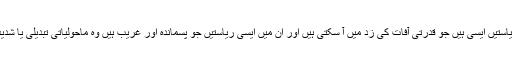
انھوں نے مزید کہا کہ بھارت کی 35 میں سے 27 ریاستیں ایسی ہیں جو قدرتی آفات کی زد میں آ سکتی ہیں اور ان میں ایسی ریاستیں جو پسماندہ اور غریب ہیں وہ ماحولیاتی تبدیلی یا شدید موسمی حالت میں سب سے زیادہ متاثر ہو سکتی ہیں۔